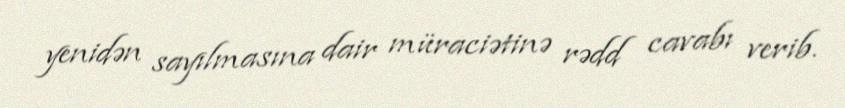
yenidən sayılmasına dair müraciətinə rədd cavabı verib.